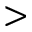
>